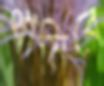
থামিবে